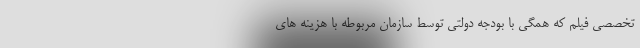
تخصصی فیلم که همگی با بودجه دولتی توسط سازمان مربوطه با هزینه های